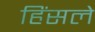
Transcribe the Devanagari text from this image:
हिंसले